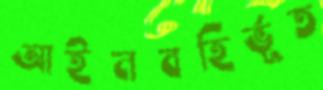
আইনবহির্ভূত